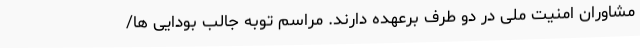
مشاوران امنیت ملی در دو طرف برعهده دارند. مراسم توبه جالب بودایی ها/